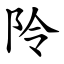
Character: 阾